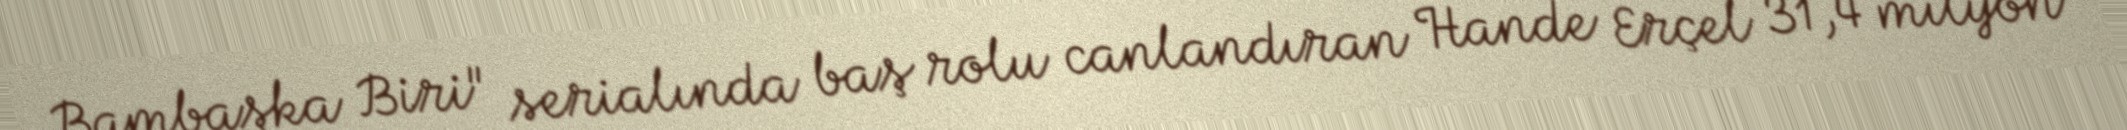
Bambaşka Biri" serialında baş rolu canlandıran Hande Erçel 31,4 milyon